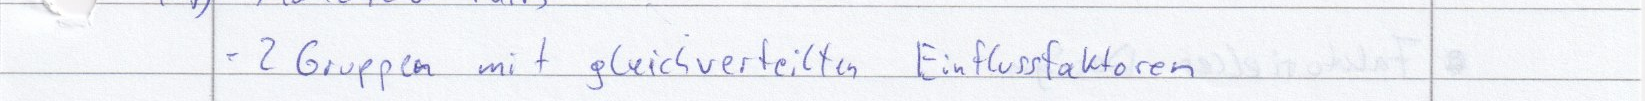
- 2 Gruppen mit gleichverteilten Einflussfaktoren